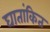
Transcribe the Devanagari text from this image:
घातांकित